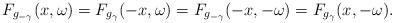
LaTeX: \begin{align*}F_{g_{-\gamma}}(x,\omega) = F_{g_\gamma}(-x,\omega) = F_{g_{-\gamma}}(-x,-\omega) = F_{g_\gamma}(x,-\omega).\end{align*}